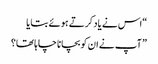
“اس نے یاد کرتے ہوئے بتایا
” آپ نے ان کو بچانا چاہا تھا؟